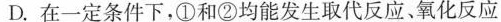
D.在一定条件下，①和②均能发生取代反应。氧化反应